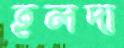
হলদা